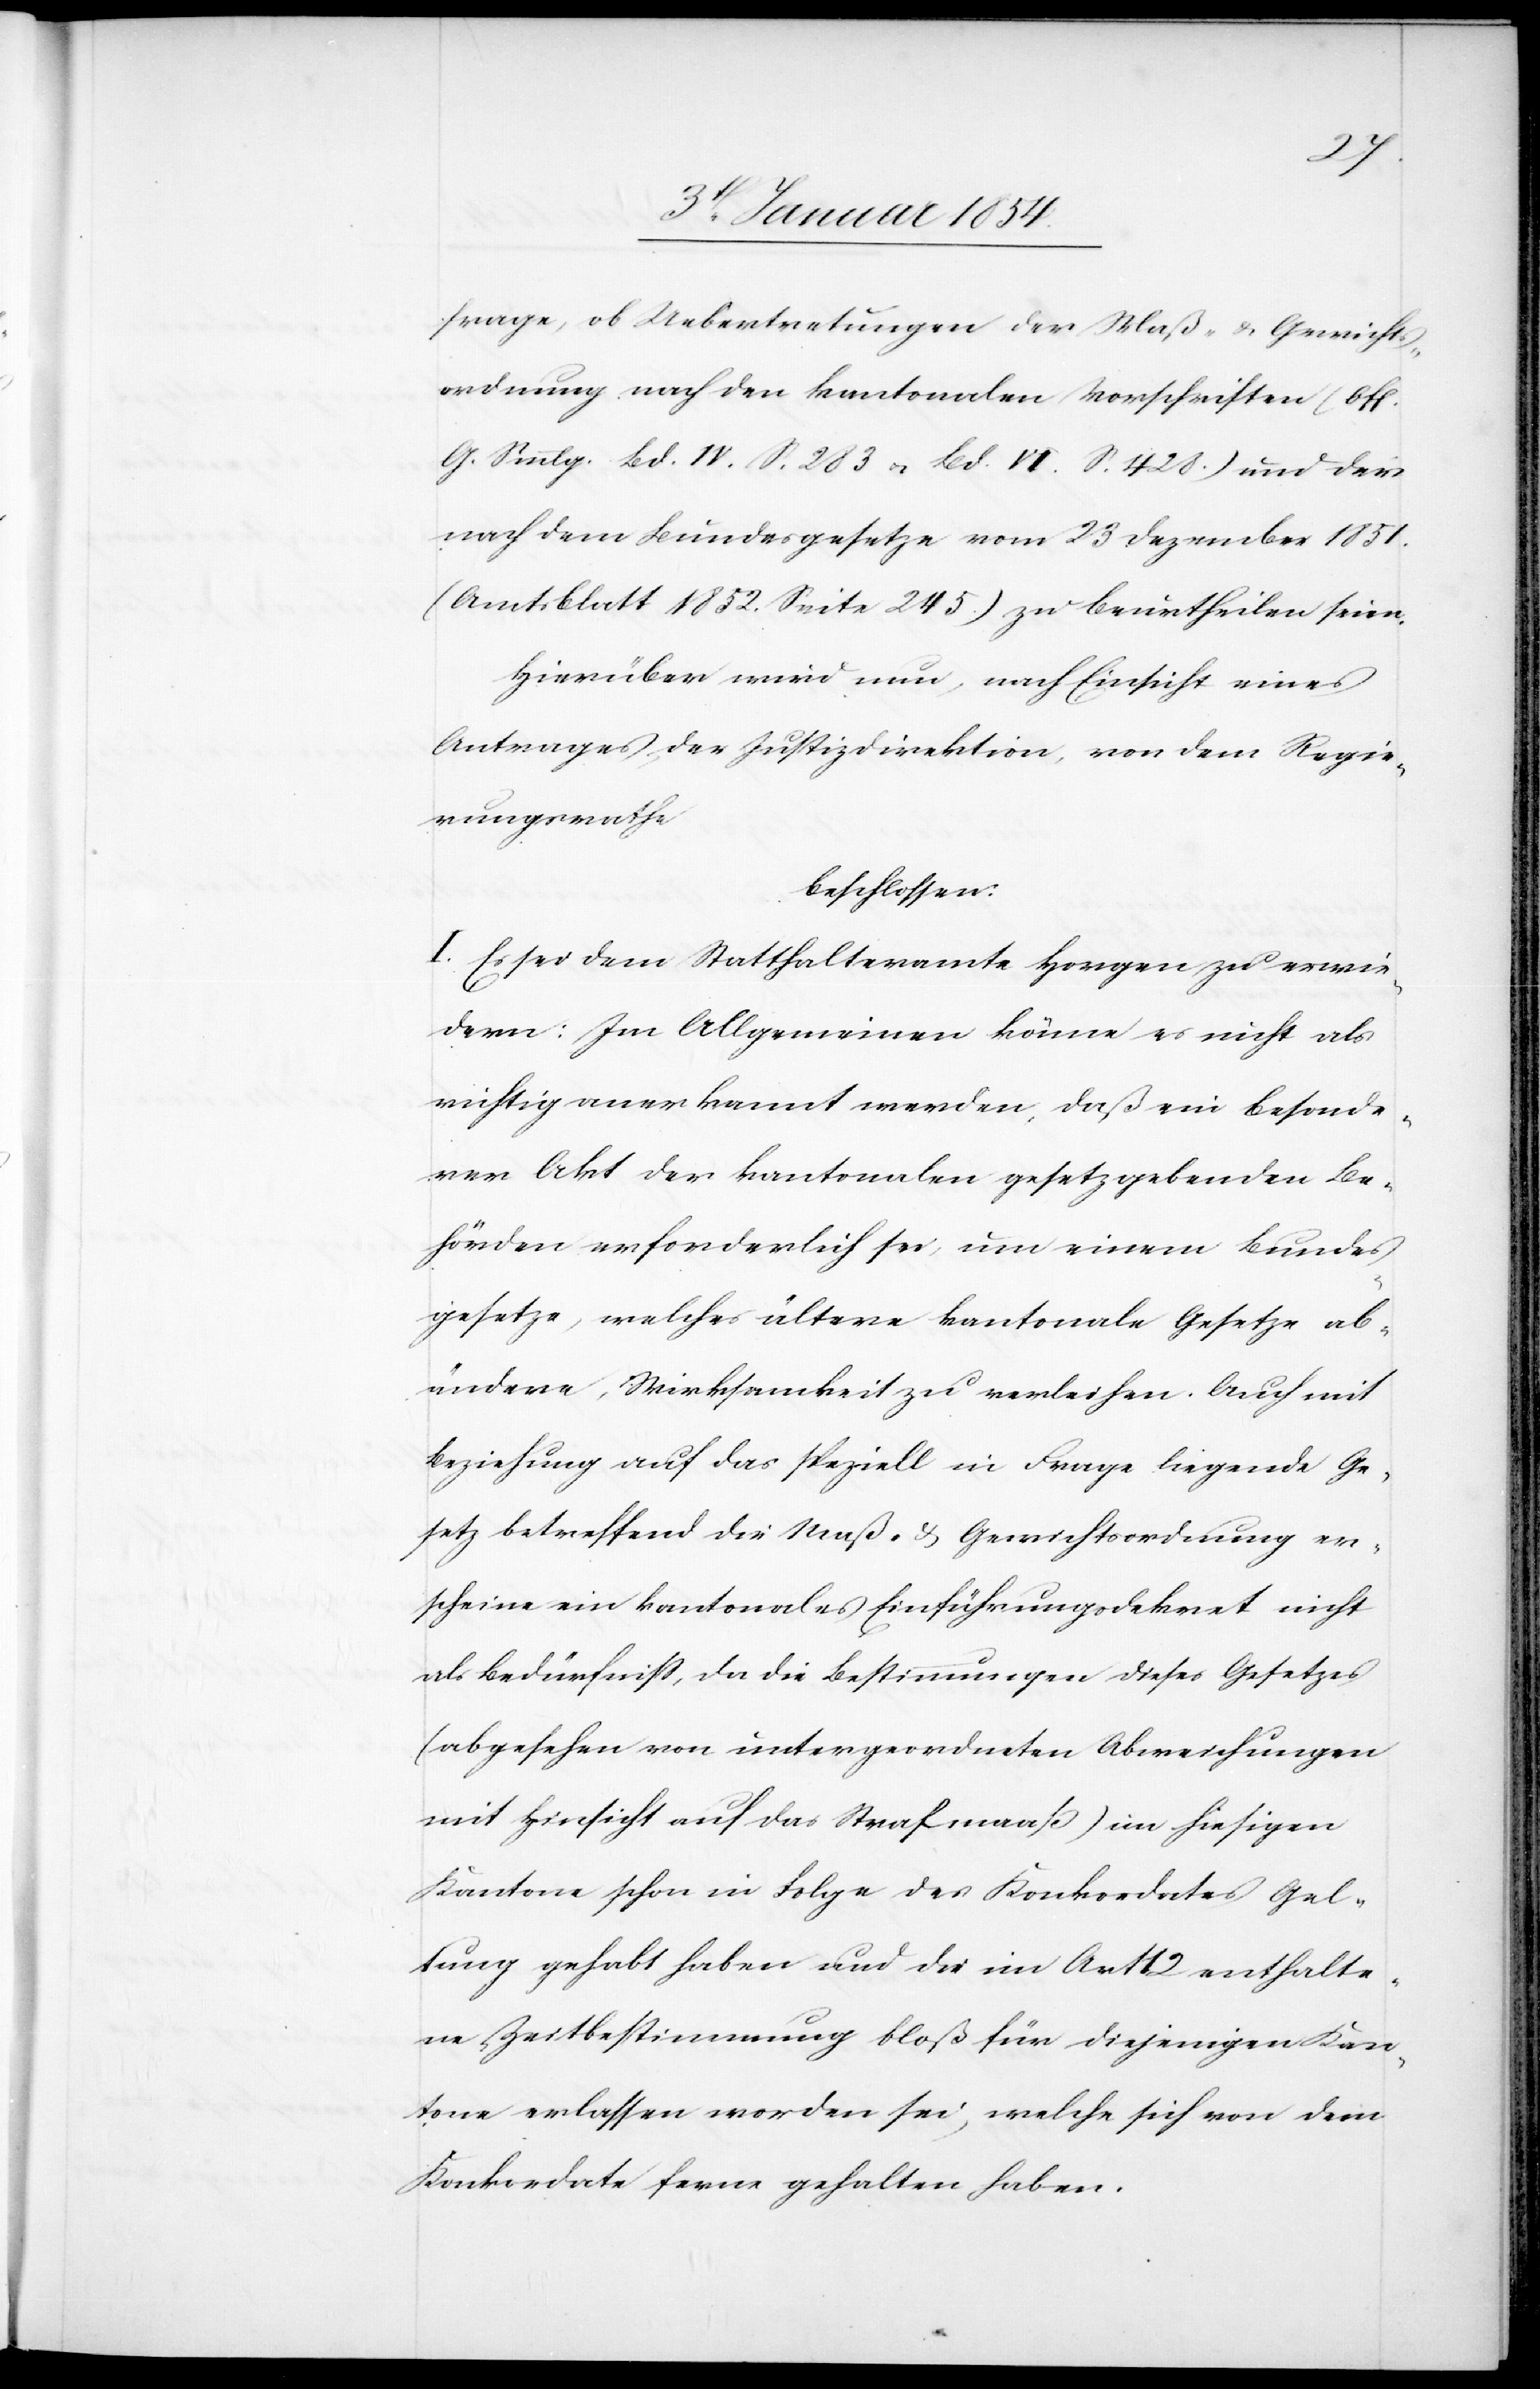
frage, ob Uebertretungen der Maß- & Gewichts¬
ordnung nach den kantonalen Vorschriften (Off.
G. Smmlg. Bd. IV. S. 283 u. Bd. VI. S. 428.) und der
nach dem Bundesgesetze vom 23. Dezember 1851.
(Amtsblatt 1852. Seite 245.) zu beurtheilen seien.
Hierüber wird nun, nach Einsicht eines
Antrages, der Justizdirektion, von dem Regie¬
rungsrathe
beschlossen:
I. Es sei dem Statthalteramte Horgen zu erwie¬
dern: Im Allgemeinen könne es nicht als
richtig anerkannt werden, daß ein besonde¬
rer Akt der kantonalen gesetzgebenden Be¬
hörden erforderlich sei, um einem Bundes¬
gesetze, welches ältere kantonale Gesetze ab¬
ändere, Wirksamkeit zu verleihen. Auch mit
Beziehung auf das speziell in Frage liegende Ge¬
setz betreffend die Maß- & Gewichtsordnung er¬
scheine ein kantonales Einführungsdekret nicht
als Bedürfniß, da die Bestimmungen dieses Gesetzes
(abgesehen von untergeordneten Abweichungen
mit Hinsicht auf das Strafmaaß) im hiesigen
Kantone schon in Folge des Konkordates Gel¬
tung gehabt haben und die im Art 12 enthalte¬
ne Zeitbestimmung bloß für diejenigen Kan¬
tone erlassen worden sei, welche sich von dem
Konkordate ferne gehalten haben.